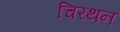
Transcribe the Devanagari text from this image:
चिरथन